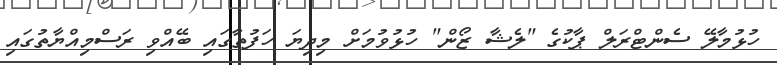
ހުޅުމާލޭ ސެންޓްރަލް ޕާކުގެ "ލެޝާ ޒޯން" ހުޅުވުމަށް މިދިޔަ ހަފުތާގައި ބޭއްވި ރަސްމިއްޔާތުގައި